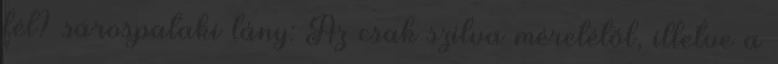
fél? sárospataki lány: Az csak szilva méretétől, illetve a